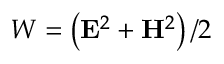
W = \left( { \bf E } ^ { 2 } + { \bf H } ^ { 2 } \right) / 2